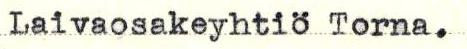
Laivaosakeyhtiö Torna.